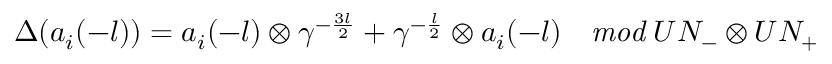
\Delta ( a _ { i } ( - l ) ) = a _ { i } ( - l ) \otimes \gamma ^ { - \frac { 3 l } { 2 } } + \gamma ^ { - \frac { l } { 2 } } \otimes a _ { i } ( - l ) \quad { \it m o d } \; U N _ { - } \otimes U N _ { + }